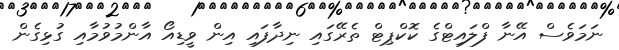
ނަމަވެސް އޭނާ ފްލައިޓްގެ ކޮކްޕިޓް ތެރޭގައި ނިދާފައި އިން ވީޑިއޯ އާންމުވުމާއި ގުޅިގެން